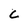
Character: c